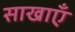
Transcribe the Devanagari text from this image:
साखाएँ